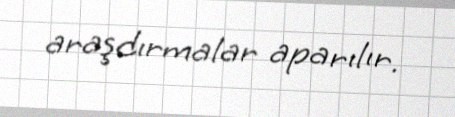
araşdırmalar aparılır.